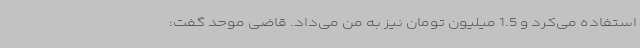
استفاده می‌کرد و 1.5 میلیون تومان نیز به من می‌داد. قاضی موحد گفت: